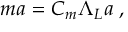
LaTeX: m a = C _ { m } \Lambda _ { L } a \; ,